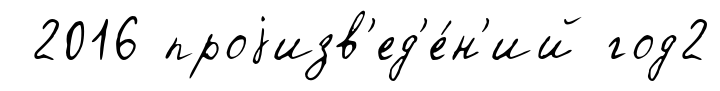
2016 проjизв'ед'е́н'ий год2